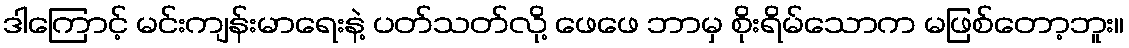
ဒါကြောင့် မင်းကျန်းမာရေးနဲ့ ပတ်သတ်လို့ ဖေဖေ ဘာမှ စိုးရိမ်သောက မဖြစ်တော့ဘူး။